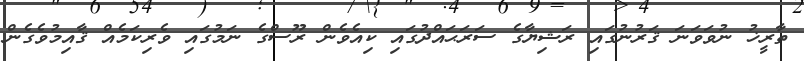
ތާރީޚު ނުވަވަނަ ޤަރުނުގައި ރަޝިޔާގެ ސަރަޙައްދުގައި ކިއެވެން ރޫސްގެ ނަމުގައި ވެރިކަމެއް ޤާއިމުވެގެން